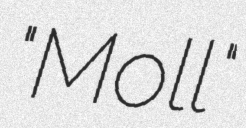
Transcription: "Moll"